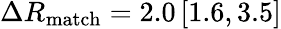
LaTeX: \Delta R_{\mathrm{match}}=2.0\, [1.6,3.5]